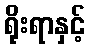
ရိုးရာနှင့်